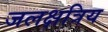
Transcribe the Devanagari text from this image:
जलक्षत्रिय